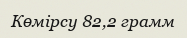
Көмірсу 82,2 грамм